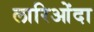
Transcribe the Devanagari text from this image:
लारिओंदा